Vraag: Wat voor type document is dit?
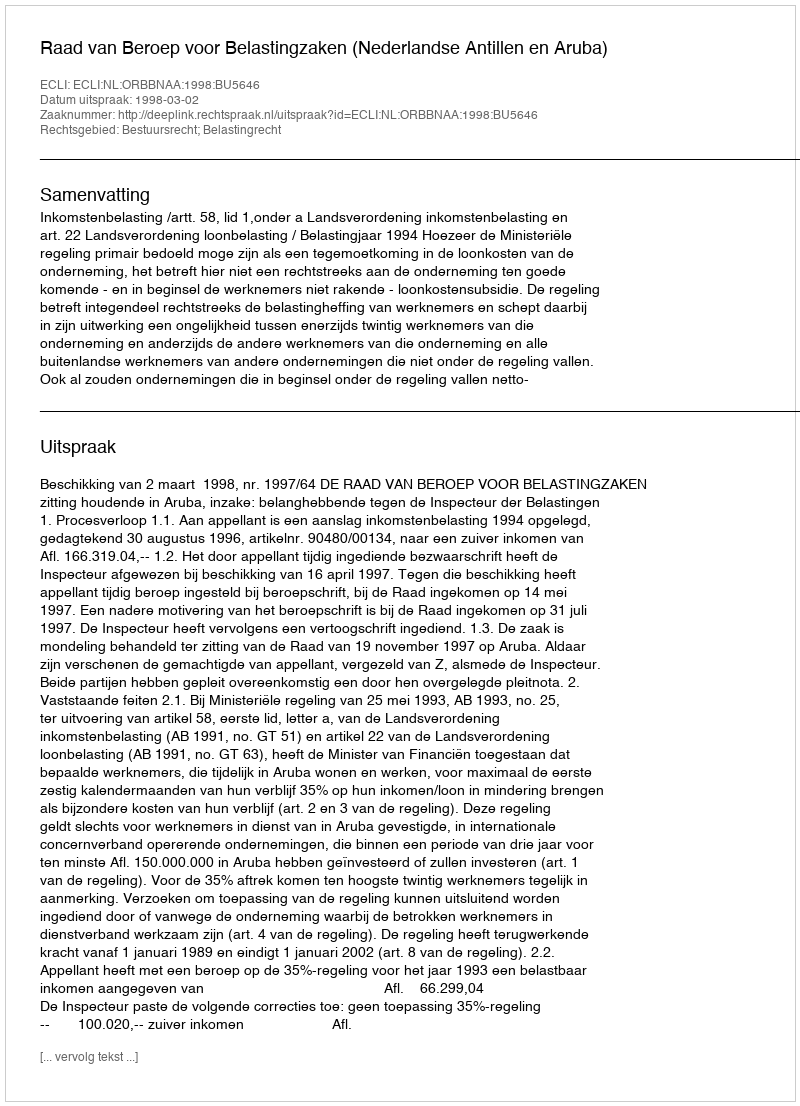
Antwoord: Uitspraak